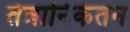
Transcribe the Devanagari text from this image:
तंत्रानिकेतन